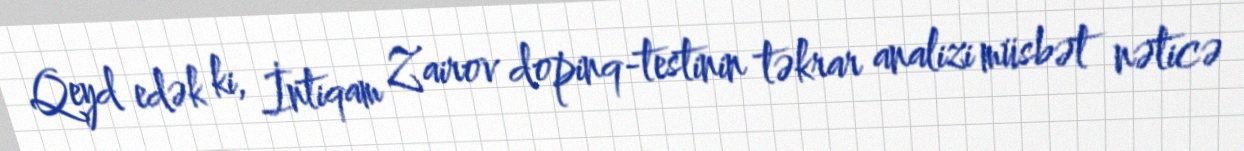
Qeyd edək ki, İntiqam Zairov dopinq-testinin təkrar analizi müsbət nəticə